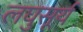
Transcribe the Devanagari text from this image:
लघुसूर्य